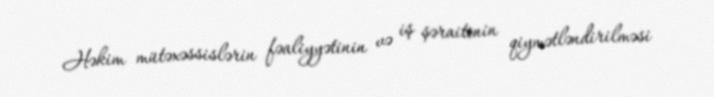
Həkim mütəxəssislərin fəaliyyətinin və iş şəraitinin qiymətləndirilməsi